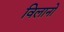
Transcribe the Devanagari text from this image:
विलानो